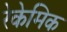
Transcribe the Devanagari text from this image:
रेकेमिक